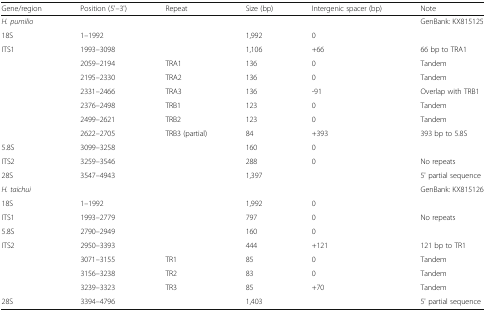
| Gene/region | Position (5'–3') | Repeat | Size (bp) | Intergenic spacer (bp) | Note |
 | --- | --- | --- | --- | --- | --- |
 | H. pumilio |  |  |  |  | GenBank: KX815125 |
 | 18S | 1–1992 |  | 1,992 | 0 |  |
 | ITS1 | 1993–3098 |  | 1,106 | +66 | 66 bp to TRA1 |
 |  | 2059–2194 | TRA1 | 136 | 0 | Tandem |
 |  | 2195–2330 | TRA2 | 136 | 0 | Tandem |
 |  | 2331–2466 | TRA3 | 136 | -91 | Overlap with TRB1 |
 |  | 2376–2498 | TRB1 | 123 | 0 | Tandem |
 |  | 2499–2621 | TRB2 | 123 | 0 | Tandem |
 |  | 2622–2705 | TRB3 (partial) | 84 | +393 | 393 bp to 5.8S |
 | 5.8S | 3099–3258 |  | 160 | 0 |  |
 | ITS2 | 3259–3546 |  | 288 | 0 | No repeats |
 | 28S | 3547–4943 |  | 1,397 |  | 5' partial sequence |
 | H. taichui |  |  |  |  | GenBank: KX815126 |
 | 18S | 1–1992 |  | 1,992 | 0 |  |
 | ITS1 | 1993–2779 |  | 797 | 0 | No repeats |
 | 5.8S | 2790–2949 |  | 160 | 0 |  |
 | ITS2 | 2950–3393 |  | 444 | +121 | 121 bp to TR1 |
 |  | 3071–3155 | TR1 | 85 | 0 | Tandem |
 |  | 3156–3238 | TR2 | 83 | 0 | Tandem |
 |  | 3239–3323 | TR3 | 85 | +70 | Tandem |
 | 28S | 3394–4796 |  | 1,403 |  | 5' partial sequence |